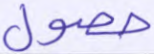
حصول